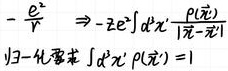
\[
-\frac{e^{z}}{r} \Rightarrow -2e^{z}\int d^{2}x'\frac{\rho(\vec{x}')}{|\vec{x}-\vec{x}'|} \\
\beta - 化要求 \int d^{2}x'\rho(\vec{x}') = 1
\]